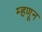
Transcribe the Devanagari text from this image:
म्हणून